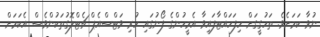
ނުވާ ކަމަށެވެ. ތަހުގީގަށް ހިފަހައްޓާފައިވާ އެމީހުންގެ ފޯނުގައި ހުރި ވަޓްސްއެޕް ޗެޓްލޮގުތަކުންވެސް އެކަމަށް